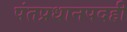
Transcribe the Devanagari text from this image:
पंतप्रधानपदही